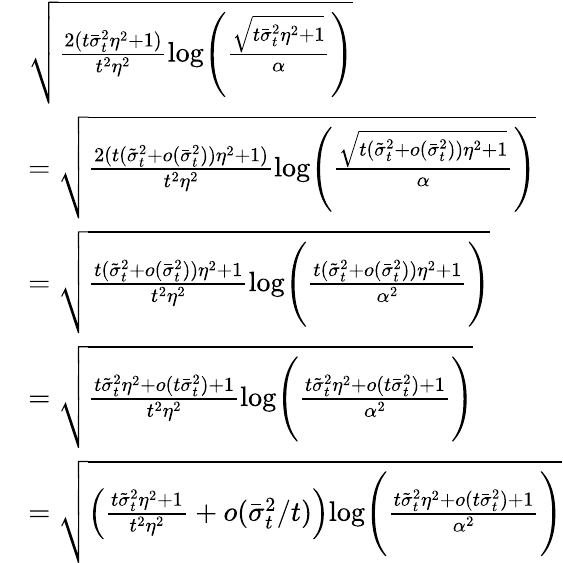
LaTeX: \begin{array}{rl}&{\sqrt{\frac{2(t\bar{\sigma}_{t}^{2}\eta^{2}+1)}{t^{2}\eta^{2}}\mathrm{log}\Bigg(\frac{\sqrt{t\bar{\sigma}_{t}^{2}\eta^{2}+1}}{\alpha}\Bigg)}}\\ &{=\sqrt{\frac{2(t(\tilde{\sigma}_{t}^{2}+o(\bar{\sigma}_{t}^{2}))\eta^{2}+1)}{t^{2}\eta^{2}}\mathrm{log}\Bigg(\frac{\sqrt{t(\tilde{\sigma}_{t}^{2}+o(\bar{\sigma}_{t}^{2}))\eta^{2}+1}}{\alpha}\Bigg)}}\\ &{=\sqrt{\frac{t(\tilde{\sigma}_{t}^{2}+o(\bar{\sigma}_{t}^{2}))\eta^{2}+1}{t^{2}\eta^{2}}\mathrm{log}\Bigg(\frac{t(\tilde{\sigma}_{t}^{2}+o(\bar{\sigma}_{t}^{2}))\eta^{2}+1}{\alpha^{2}}\Bigg)}}\\ &{=\sqrt{\frac{t\tilde{\sigma}_{t}^{2}\eta^{2}+o(t\bar{\sigma}_{t}^{2})+1}{t^{2}\eta^{2}}\mathrm{log}\Bigg(\frac{t\tilde{\sigma}_{t}^{2}\eta^{2}+o(t\bar{\sigma}_{t}^{2})+1}{\alpha^{2}}\Bigg)}}\\ &{=\sqrt{\left(\frac{t\tilde{\sigma}_{t}^{2}\eta^{2}+1}{t^{2}\eta^{2}}+o(\bar{\sigma}_{t}^{2}/t)\right)\mathrm{log}\Bigg(\frac{t\tilde{\sigma}_{t}^{2}\eta^{2}+o(t\bar{\sigma}_{t}^{2})+1}{\alpha^{2}}\Bigg)}}\end{array}